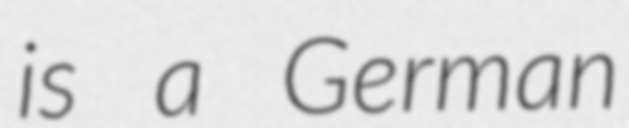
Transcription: is a German